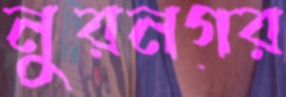
নুরনগর